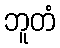
ဘူတံ